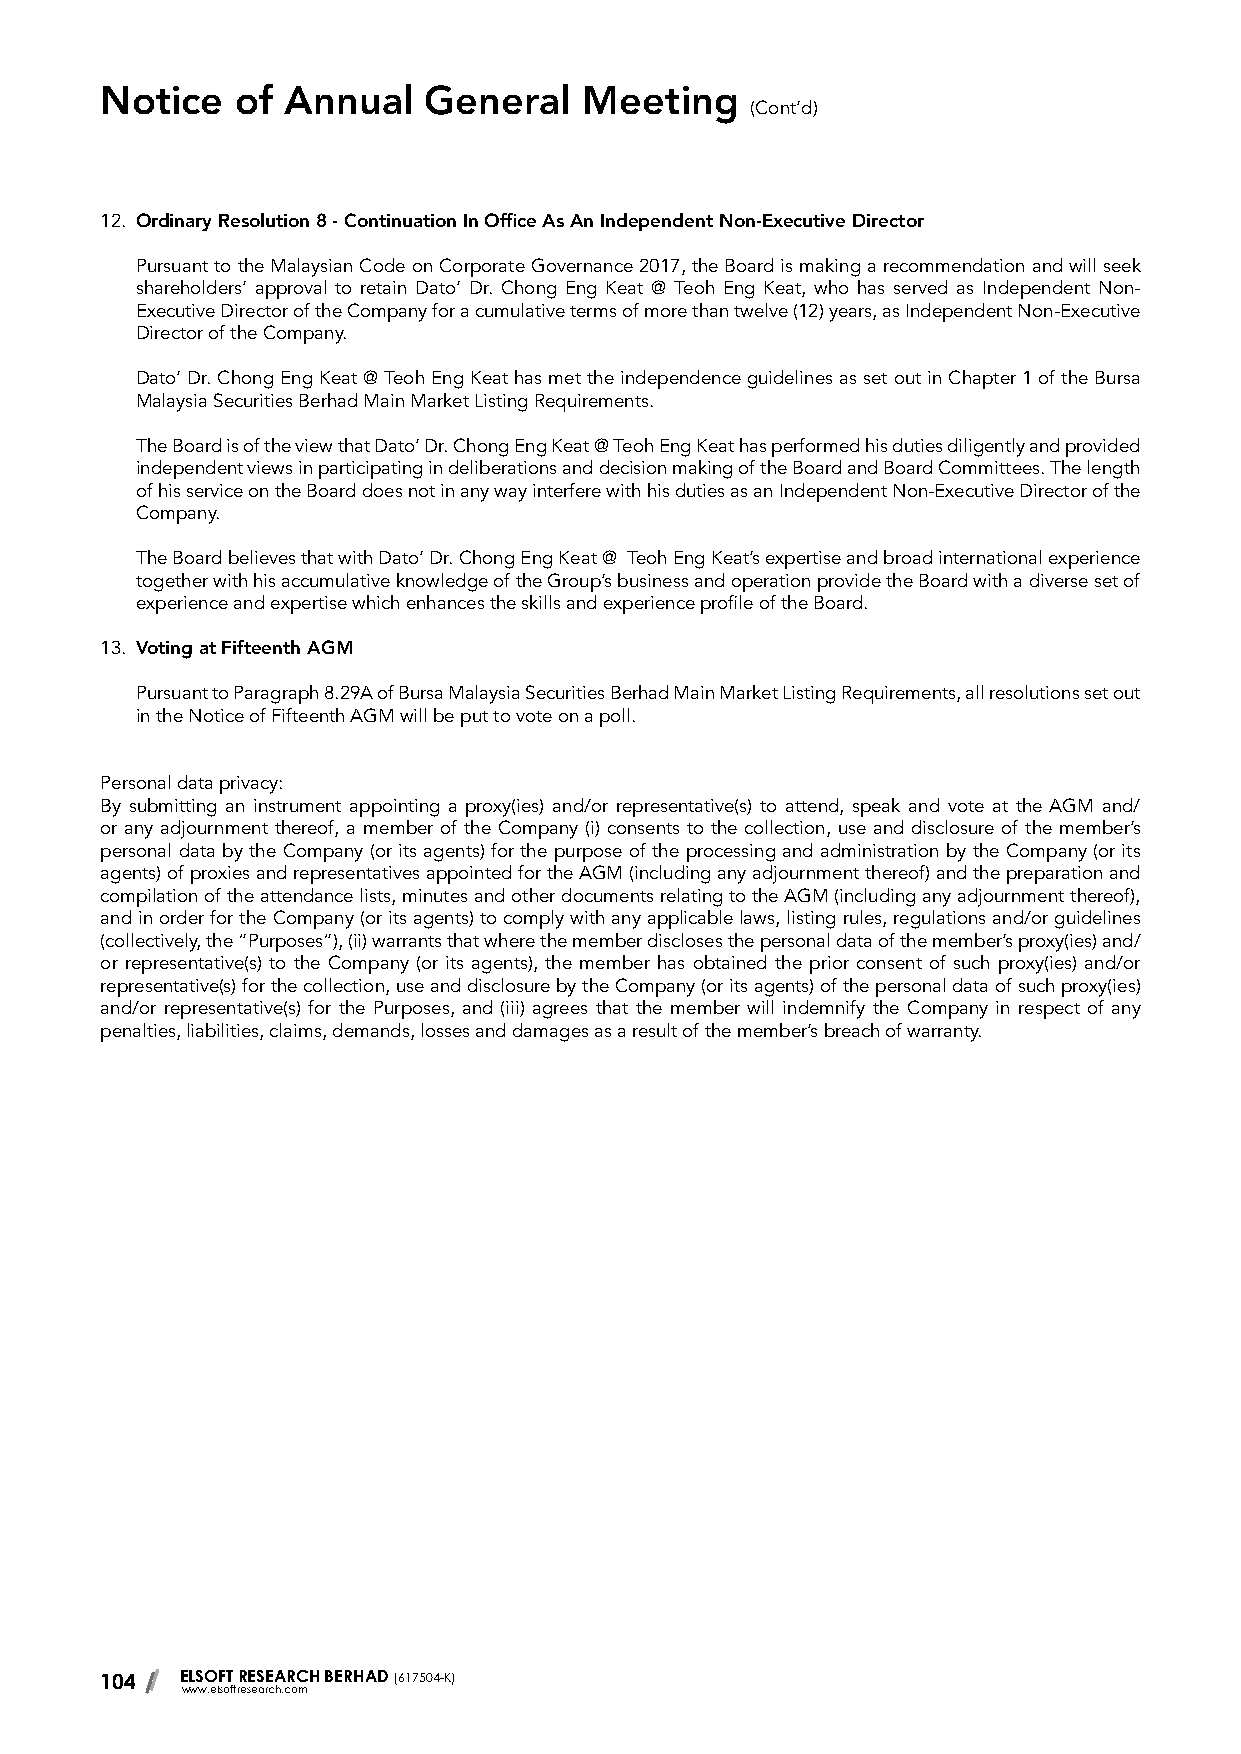
Notice   of Annual   General    Meeting
 (Cont’d)
 12. Ordinary Resolution 8 - Continuation In Office As An Independent Non-Executive Director
 Pursuant to the Malaysian Code on Corporate Governance 2017, the Board is making a recommendation and will seek
 shareholders’ approval to retain Dato’ Dr. Chong Eng Keat @ Teoh Eng Keat, who has served as Independent Non-
 Executive Director of the Company for a cumulative terms of more than twelve (12) years, as Independent Non-Executive
 Director of the Company.
 Dato’ Dr. Chong Eng Keat @ Teoh Eng Keat has met the independence guidelines as set out in Chapter 1 of the Bursa
 Malaysia Securities Berhad Main Market Listing Requirements.
 The Board is of the view that Dato’ Dr. Chong Eng Keat @ Teoh Eng Keat has performed his duties diligently and provided
 independent views in participating in deliberations and decision making of the Board and Board Committees. The length
 of his service on the Board does not in any way interfere with his duties as an Independent Non-Executive Director of the
 Company.
 The Board believes that with Dato’ Dr. Chong Eng Keat @ Teoh Eng Keat’s expertise and broad international experience
 together with his accumulative knowledge of the Group’s business and operation provide the Board with a diverse set of
 experience and expertise which enhances the skills and experience profile of the Board.
 13. Voting at Fifteenth AGM
 Pursuant to Paragraph 8.29A of Bursa Malaysia Securities Berhad Main Market Listing Requirements, all resolutions set out
 in the Notice of Fifteenth AGM will be put to vote on a poll.
 Personal data privacy:
 By submitting an instrument appointing a proxy(ies) and/or representative(s) to attend, speak and vote at the AGM and/
 or any adjournment thereof, a member of the Company (i) consents to the collection, use and disclosure of the member’s
 personal data by the Company (or its agents) for the purpose of the processing and administration by the Company (or its
 agents) of proxies and representatives appointed for the AGM (including any adjournment thereof) and the preparation and
 compilation of the attendance lists, minutes and other documents relating to the AGM (including any adjournment thereof),
 and in order for the Company (or its agents) to comply with any applicable laws, listing rules, regulations and/or guidelines
 (collectively, the “Purposes”), (ii) warrants that where the member discloses the personal data of the member’s proxy(ies) and/
 or representative(s) to the Company (or its agents), the member has obtained the prior consent of such proxy(ies) and/or
 representative(s) for the collection, use and disclosure by the Company (or its agents) of the personal data of such proxy(ies)
 and/or representative(s) for the Purposes, and (iii) agrees that the member will indemnify the Company in respect of any
 penalties, liabilities, claims, demands, losses and damages as a result of the member’s breach of warranty.
 104  ELSOFT RESEARCH BERHAD (617504-K)
 www.elsoftresearch.com